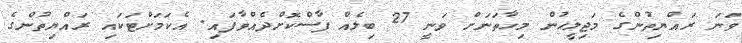
ވަނަ ރައްޔިތުންގެ މަޖިލީހުން މިހާތަނަށް ވަނީ 27 ބިލެއް ފާސްކޮށްދެއްވާފައި. އެކަމަށްޓަކައި ރައްޔިތުންގެ